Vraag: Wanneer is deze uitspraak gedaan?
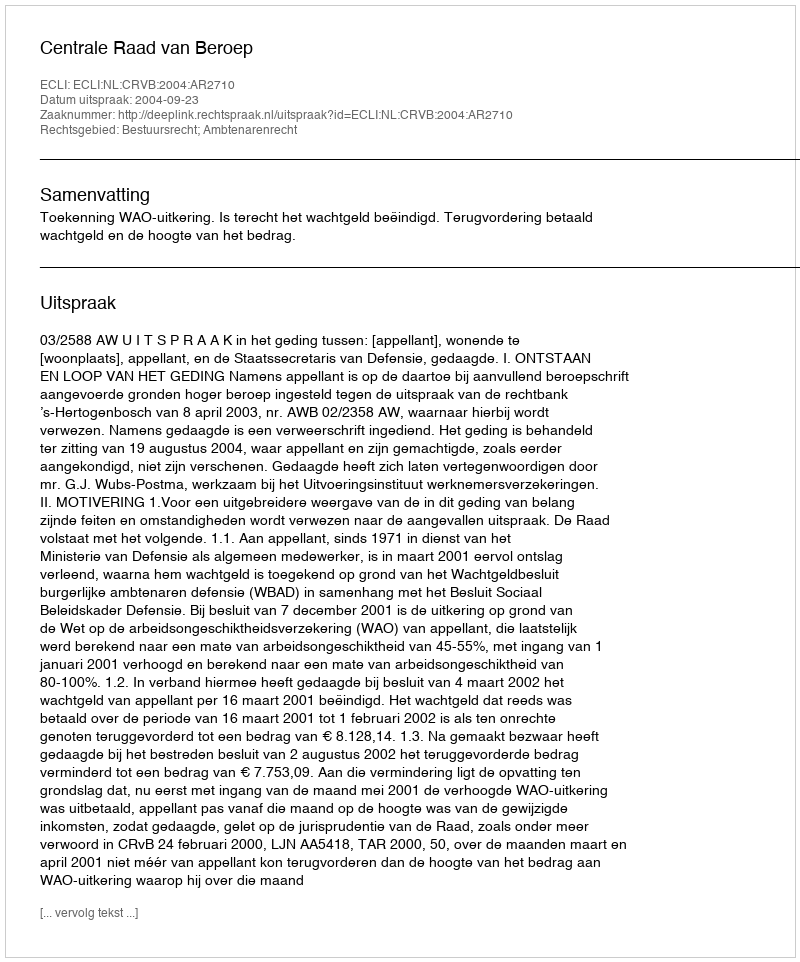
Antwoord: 2004-09-23